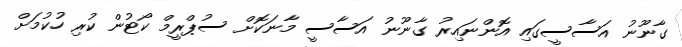
ގާނޫނު އަސާސީގައި އޮންނައިރު ގާނޫނު އަސާސީ މާނަކޮށް ސުޕްރީމް ކޯޓުން ކުރި ހުކުމަށް